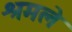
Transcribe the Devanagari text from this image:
श्रमले